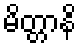
မိတ္တာနိ